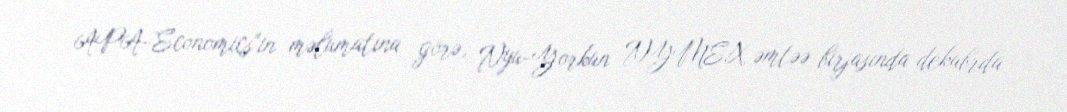
APA-Economics"in məlumatına görə, Nyu-Yorkun NYMEX əmtəə birjasında dekabrda